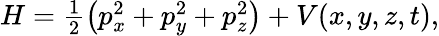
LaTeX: H=\textstyle\frac{1}{2}\left(p_{x}^{2}+p_{y}^{2}+p_{z}^{2}\right)+V(x,y,z,t),